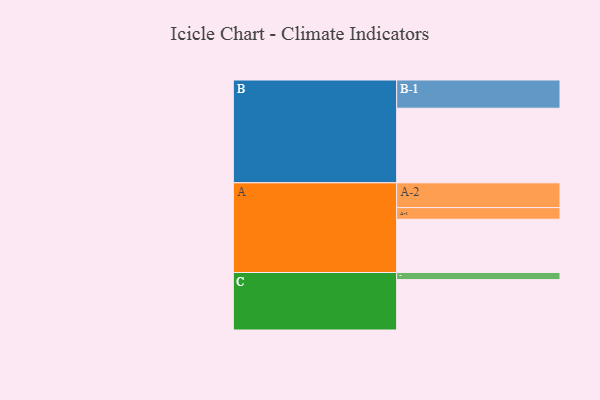
{"axis": {"x": "Segment", "y": "Value"}, "legend": ["", "A", "B", "C"], "data": [{"x": "A", "y": 389, "type": ""}, {"x": "B", "y": 545, "type": ""}, {"x": "C", "y": 368, "type": ""}, {"x": "A-1", "y": 85, "type": "A"}, {"x": "A-2", "y": 181, "type": "A"}, {"x": "B-1", "y": 206, "type": "B"}, {"x": "C-1", "y": 52, "type": "C"}]}